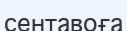
сентавоға